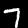
Digit: 7